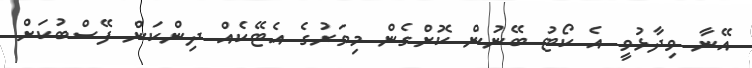
އޭނާ ވިދާޅުވީ އެ ކޯޓު ބޭނުން ކޮށްގެން މިވަރުގެ އެޓޭކެއް ދިންކަން ފޭސްބުކަށް